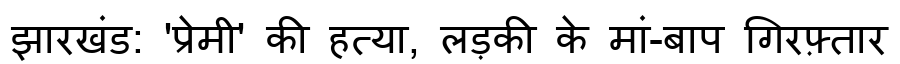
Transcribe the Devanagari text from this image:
झारखंड: 'प्रेमी' की हत्या, लड़की के मां-बाप गिरफ़्तार